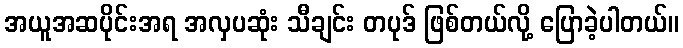
အယူအဆပိုင်းအရ အလှပဆုံး သီချင်း တပုဒ် ဖြစ်တယ်လို့ ပြောခဲ့ပါတယ်။